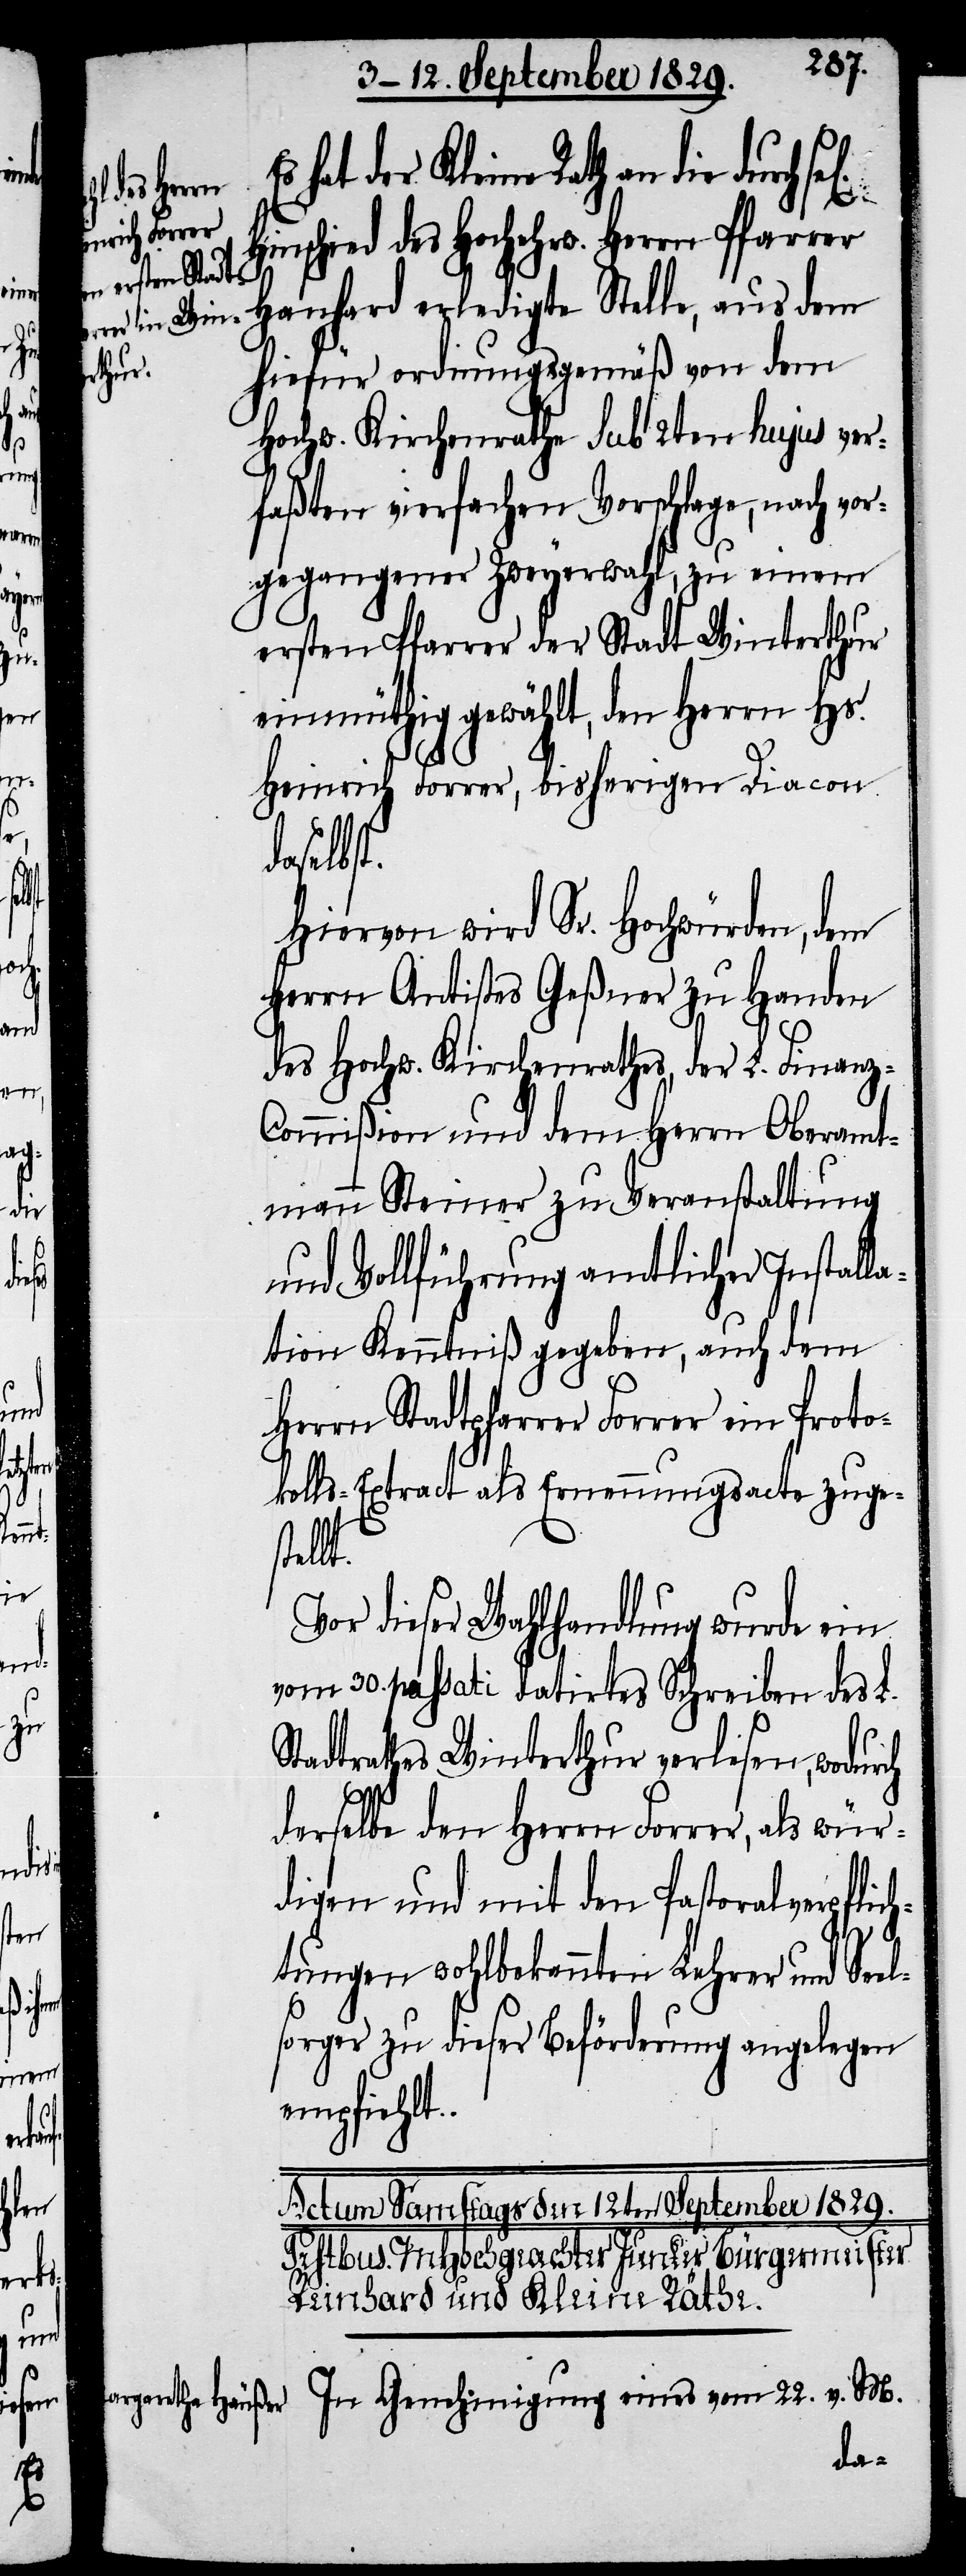
Es

hat der Kleine Rath an die durch
el¬
Hinschied des Hochehrw. Herrn Pfarrer
Hanhard erledigte Stelle, aus dem
hiefür ordnungsgemäß von dem
Hochw. Kirchenrathe sub 2ten hujus ver¬
faßten vierfachen Vorschlage, nach vor¬
gegangener Zweyerwahl, zu einem
ersten Pfarrer der Stadt Winterthur
einmüthig gewählt, den Herrn Hs.
Heinrich Forrer, bisherigen Diacon
selbst.
Hiervon wird Sr. Hochwürden, dem
Herrn Antistes Geßner zu Handen
des Hochw. Kirchenrathes, der L. Finanz-C¬
ommißion und dem Herrn Oberamt¬
mann Steiner zu Veranstaltung
und Vollführung amtlicher Installa¬
tion Kenntniß gegeben, auch dem
Herrn Stadtpfarrer Forrer ein Proto¬
kolls-Extract als Ernennungsacte zuges¬
tellt.
Vor dieser Wahlhandlung wurde ein
vom 30. passati datirtes Schreiben des L.
Stadtrathes Winterthur verlesen, wodurch
derselbe den Herrn Forrer, als wür¬
digen und mit den Pastoralverpflic¬
htungen wohlbekannten Lehrer und Se¬
sorger zu dieser Beförderung angelegen
empfiehlt.
In Genehmigung eines vom 22. v. M.
da¬